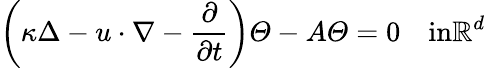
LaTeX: \left(\kappa\Delta-u\cdot\nabla-\frac{\partial}{\partial t}\right)\varTheta-A\varTheta=0\quad\textrm{in}\mathbb{R}^{d}